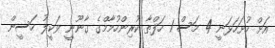
އަށް ހުށަހަޅަނީ 4 މަސް 1 ހަފްތާ ކުރިންހުމާމްގެ ގާނޫނީ ވަކީލު ހަސީން